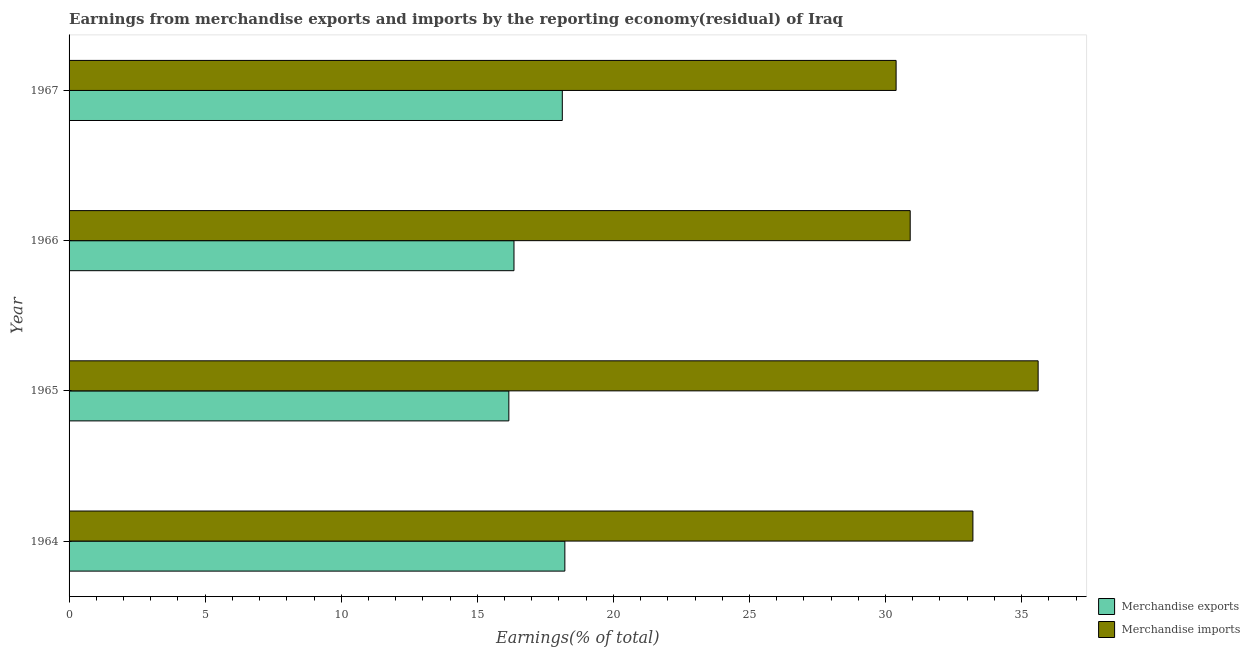
| Year | Merchandise exports | Merchandise imports |
 | --- | --- | --- |
 | 1964 | 18.2 | 33.2 |
 | 1965 | 16.2 | 35.6 |
 | 1966 | 16.3 | 30.9 |
 | 1967 | 18.1 | 30.4 |